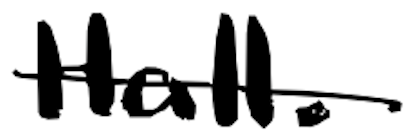
Text: Hall.
Cross-out: single-line
Writing tool: digital_black